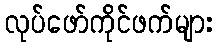
လုပ်ဖော်ကိုင်ဖက်များ